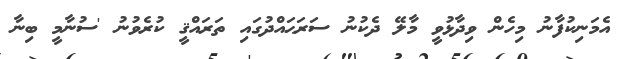
އެމަނިކުފާނު މިހެން ވިދާޅުވީ މާލޭ ދެކުނު ސަރަޙައްދުގައި ތަރައްޤީ ކުރެވުނު 'ސުނާމީ ބިނާ